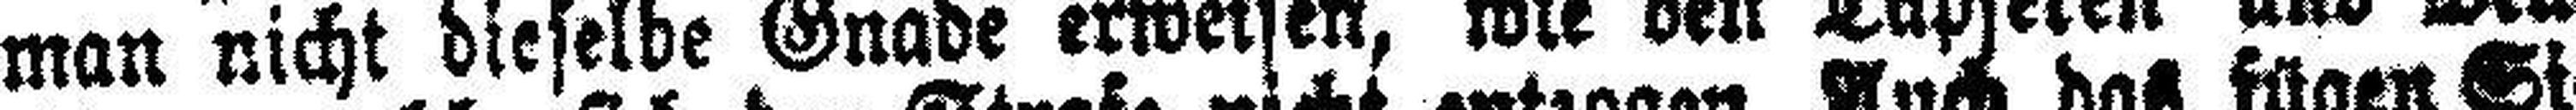
man nicht dieselbe Gnade erweisen, wie den Tapferen und Mu¬